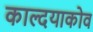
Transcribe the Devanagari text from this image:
काल्दयाकोव